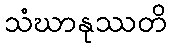
သံဃာနုဿတိ